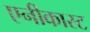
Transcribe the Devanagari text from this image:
एनीकास्ट